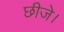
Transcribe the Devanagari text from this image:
छीजे।